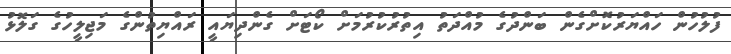
ފުލުހުން ހައްޔަރުކޮށްގެން ބަންދުގެ މުއްދަތު އިތުރުކުރުމަށް ކޯޓަށް ގެންދިޔައީ ރައްޔިތުންގެ މަޖިލީހުގެ ގަލޮޅު